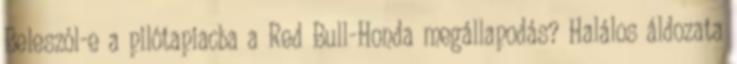
Beleszól-e a pilótapiacba a Red Bull-Honda megállapodás? Halálos áldozata